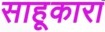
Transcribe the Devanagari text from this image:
साहूकारा